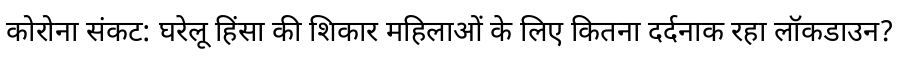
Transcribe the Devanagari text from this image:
कोरोना संकट: घरेलू हिंसा की शिकार महिलाओं के लिए कितना दर्दनाक रहा लॉकडाउन?